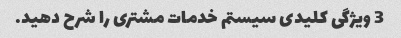
3 ویژگی کلیدی سیستم خدمات مشتری را شرح دهید.